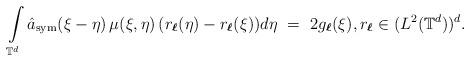
LaTeX: \begin{align*}\int\limits_{\mathbb T^d} \hat a_{\rm sym} (\xi-\eta) \, \mu(\xi,\eta) \, (r_{\boldsymbol{\ell}}(\eta) - r_{\boldsymbol{\ell}}(\xi)) d\eta \ = \ 2 g_{\boldsymbol{\ell}}(\xi), r_{\boldsymbol{\ell}} \in (L^2(\mathbb{T}^d))^d.\end{align*}